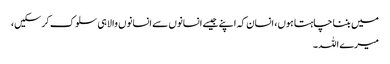
میں بننا چاہتا ہوں، انسان کہ اپنے جیسے انسانوں سے انسانوں والا ہی سلوک کر سکیں،
میرے اللہ ۔